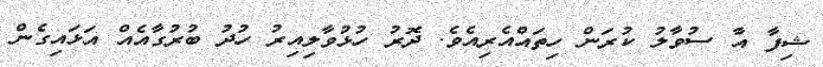
ޝިފާ އާ ސުވާލު ކުރަން ހިތައްއެރިއެވެ. ދޮރު ހުޅުވާލިއިރު ހުދު ބުރުގާއެއް އަޅައިގެން